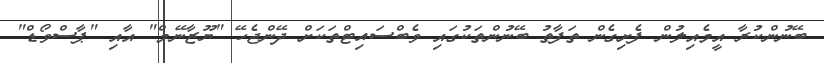
ބޭނުންކުރާ އީމެއިލުން ފެށިގެން ތަފާތު ބޭނުންތަކުގައި ވެބްސައިޓްތަކަށް ދޭންޖެހޭ "ޔޫޒާނޭމް" އާއި "ޕާސްވޯޑް"